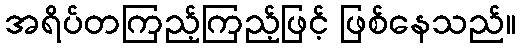
အရိပ်တကြည့်ကြည့်ဖြင့် ဖြစ်နေသည်။